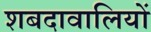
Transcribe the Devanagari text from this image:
शबदावालियों